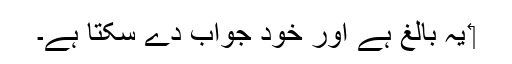
‏ یہ بالغ ہے اور خود جواب دے سکتا ہے۔